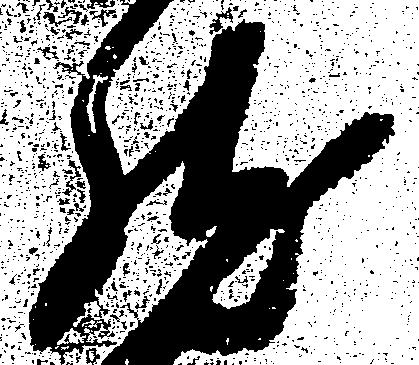
然